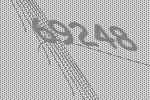
69248